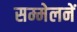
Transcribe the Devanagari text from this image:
सम्मेलनें